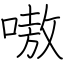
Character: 嗷